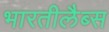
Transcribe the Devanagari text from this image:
भारतीलैब्स